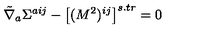
\tilde { \nabla } _ { a } \Sigma ^ { a i j } - \left[ ( M ^ { 2 } ) ^ { i j } \right] ^ { s . t r } = 0